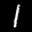
Label: 1